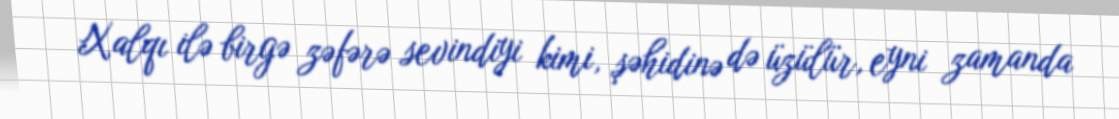
Xalqı ilə birgə zəfərə sevindiyi kimi, şəhidinə də üzülür, eyni zamanda